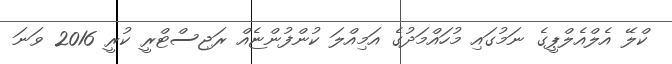
ކްލޭ އެލްއެލްޕީގެ ނަމުގައި މުހައްމަދުގެ އަމިއްލަ ކުންފުންޏެއް ރަޖިސްޓްރީ ކުރީ 2016 ވަނަ